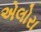
એલોરા